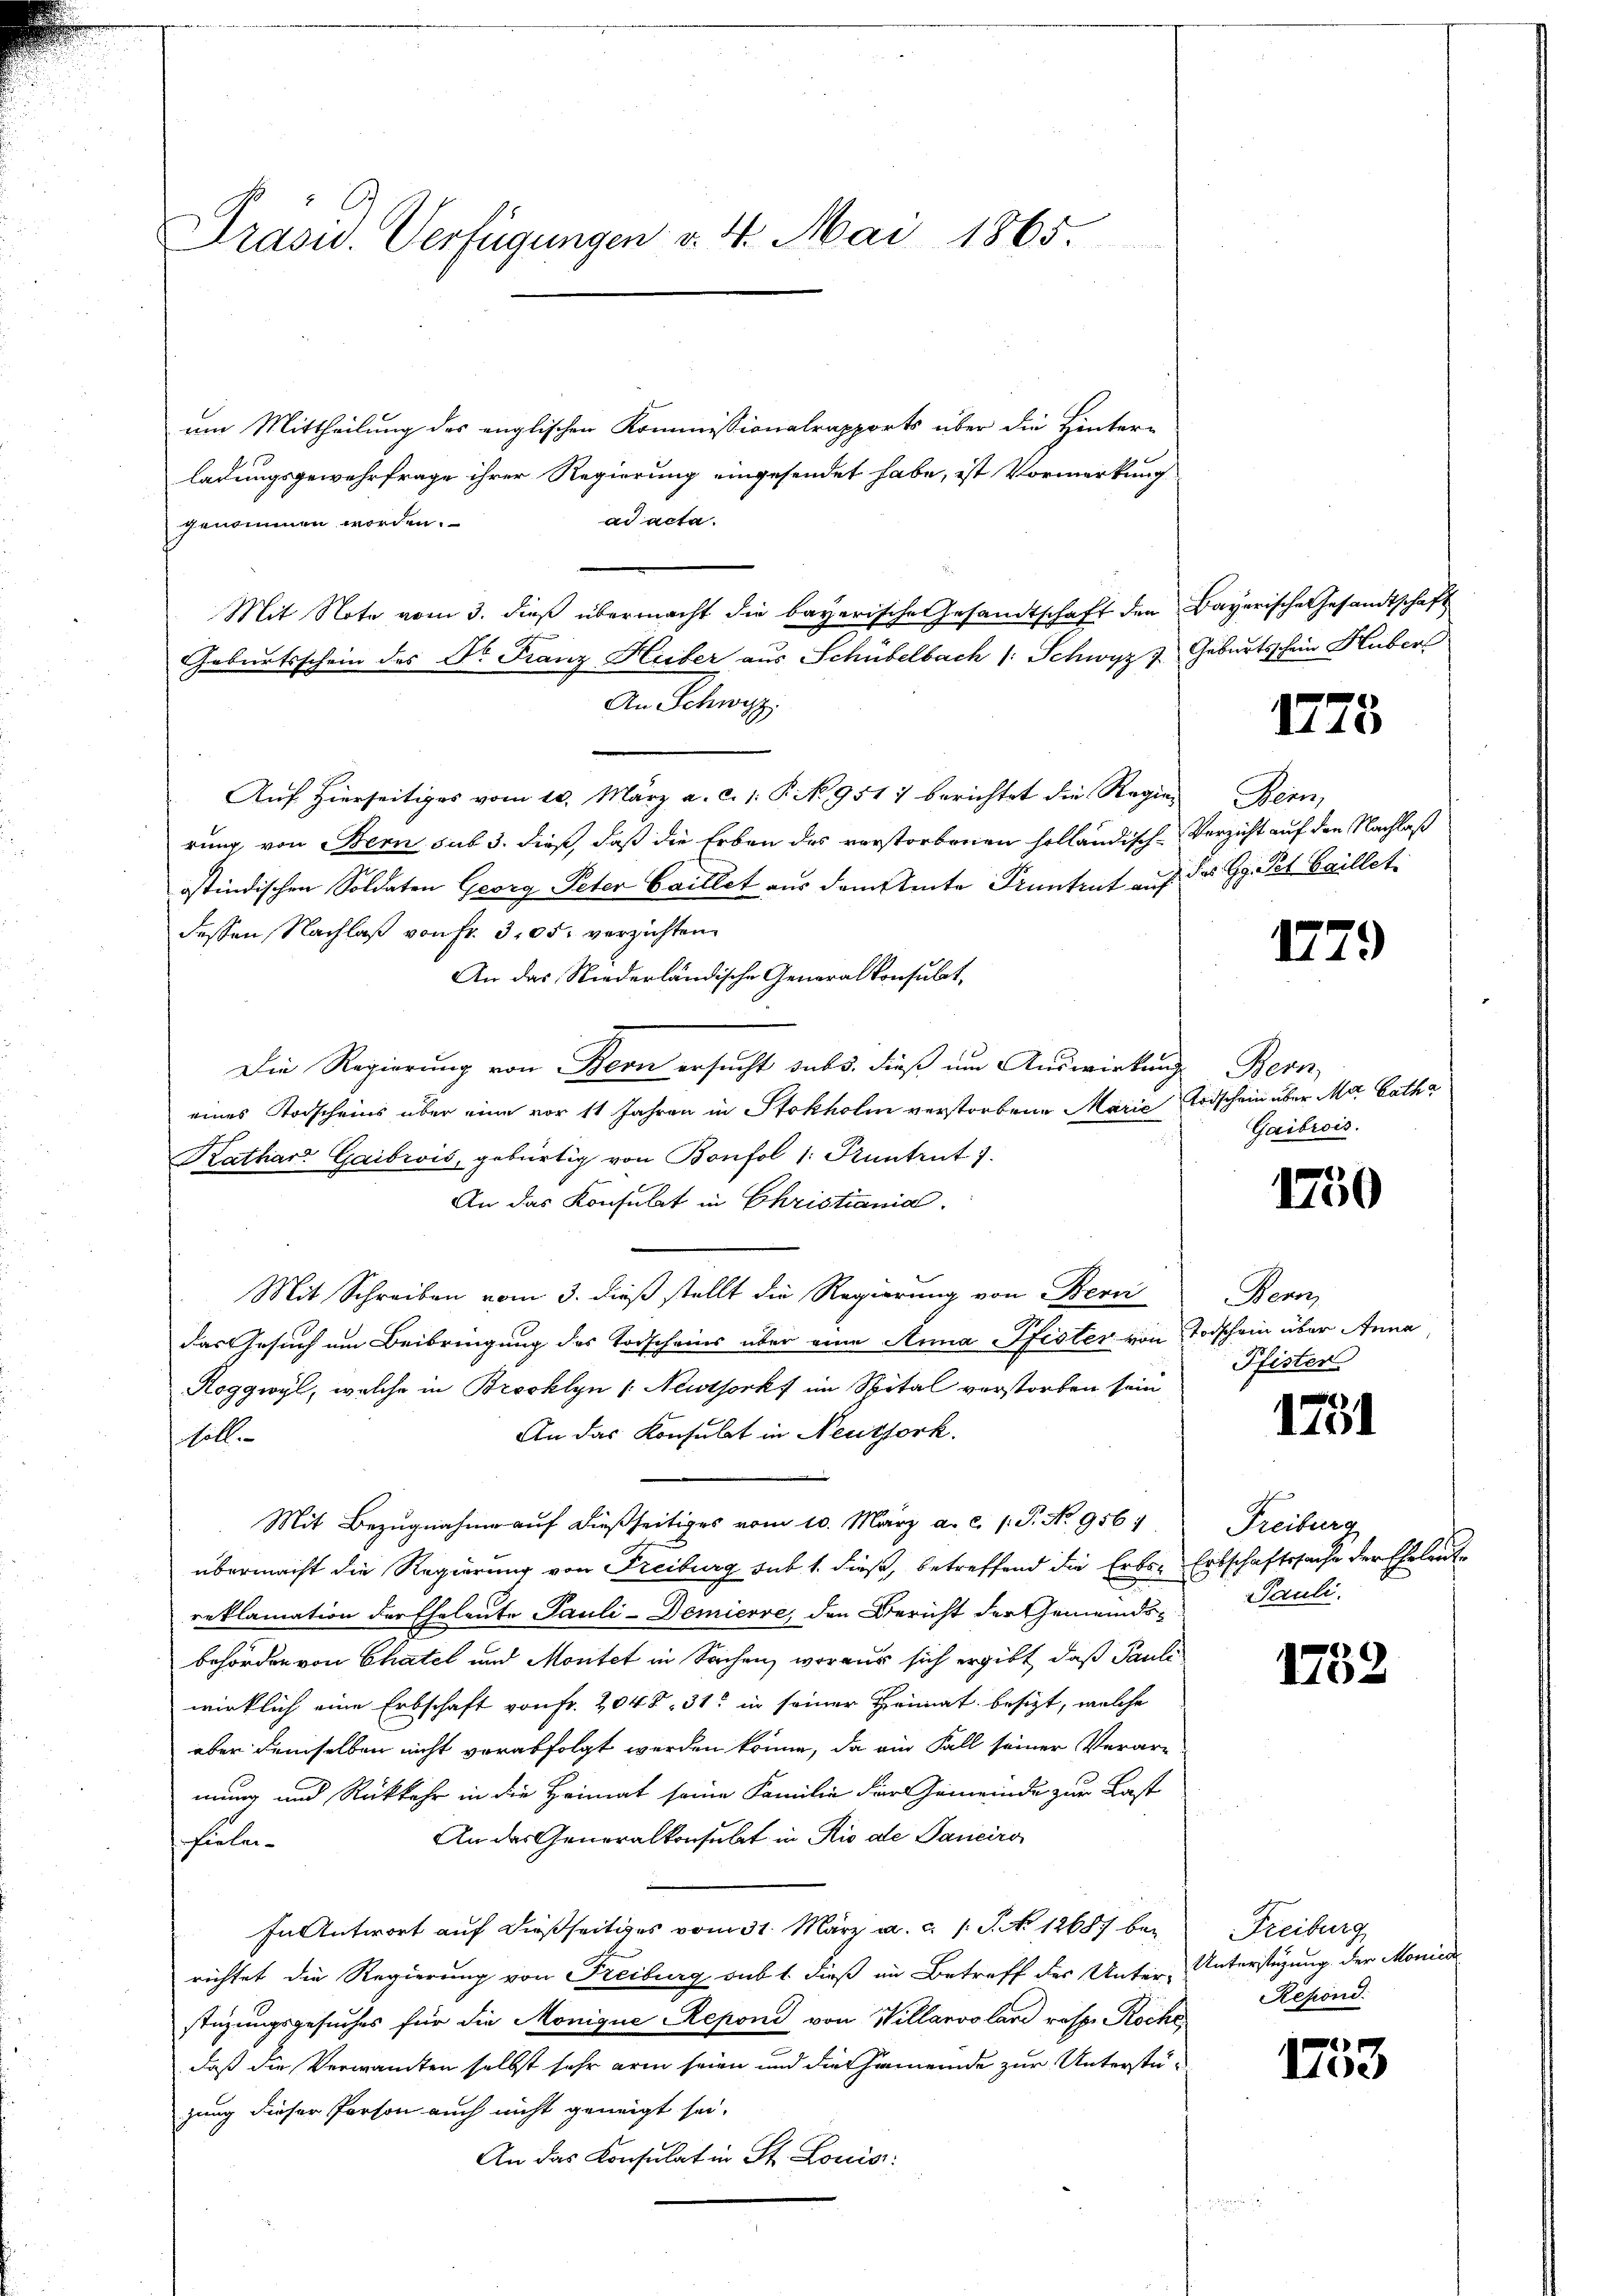
Prasid. Verfügungen v. 4. Mai 1865.

um Mittheilung des englischen Kommissionalrapports über die Hinter-
ladungsgewehrfrage ihrer Regierung eingesendet habe, ist Vormerkung
ad acta.
genommen worden.
Mit Note vom 3. dieß übermacht die bayerische Gesandtschaft den Bayerische Gesandtschaft
Geburtsschein des Dr. Franz Huber aus Schübelbach 1. Schwyz 7. Geburtsschein Huber
An Schwyz.
Auf hierseitiges vom 10. März a. c. 1. P. No. 951) berichtet die Regier
rung von Bern sub 3. dieß, daß die Erben des verstorbenen holländisch-Verzicht auf den Nachlaß
ostindischen Soldaten Georg Peter baillet aus dem Amte Pruntrut auf der Gg. Pet baillet
dessen Nachlaß von Fr. 305. verzichten
An das Niederländische Generalkonsulat,
Die Regierung von Bern ersucht subs, dieß um Auswirkung
eines Todscheins über eine vor 11 Jahren in Stokholm verstorbene Marie Todschein über Ma Catha
Kathard Gaibrois, gebürtig von Bonfol /: Kuntrut 7.
An das Konsulat in Christiania.
Mit Schreiben vom 3. dieß stellt die Regierung von Bern
das Gesuch um Beibringung des Todscheins über eine Anna Pfister von Todschein über Anna
Roggwyl, welche in Brooklyn / Nestforks im Spital verstorben sein
An das Konsulat in Neutzork.
soll.
Mit Bezugnahme auf dießseitiges vom 10. März a. c. 1. P. No 956;
übermacht die Regierung von Freiburg sub 1. dieß, betreffend die Erbs- Erbschaftssache der Eheleute
reklamation der Eheleute Pauli-Demierse, den Bericht der Gemeindsbehörden von Chatel und Montet in Sachen, woraus sich ergibt, daß Pauli
wirklich eine Erbschaft von Fr. 2048. 31 in seiner Heimat besizt, welche
aber demselben nicht verabfolgt werden könne, da ein Fall seiner Verarzmung und Rückkehr in die Heimat seine Familie der Gemeinde zur Last
An das Generalkonsulat in Rio die Sanciro
fielei
In Antwort auf dießseitiges vom 31. März a. c. 1 S. No 12687 bei
richtet die Regierung von Freiburg sub 1. dieß in Betreff des Unter-Unterstützung der Monied
stüzungsgesuches für die Monique Reponi von Willanvoland resp. Kochedaß die Verwandten selbst sehr arm seien und die Gemeinde zur Unterstüzung dieser Person auch nicht geneigt sei.
An das Konsulat in St. Louis:

1775

Bern,

179

Ness,
Gaibrois.

1750

Bern,
Pfister

1731

Freiburg
Pauli.

1752

Freiburg
Resond.

1753